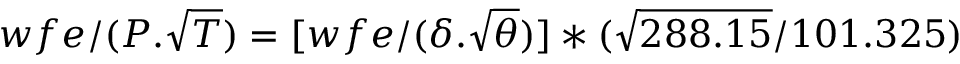
w f e / ( { P } . { \sqrt { T } } ) = [ w f e / ( { \delta } . { \sqrt { \theta } } ) ] * ( { \sqrt { 2 8 8 . 1 5 } } / { 1 0 1 . 3 2 5 } )